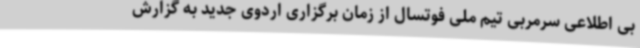
بی اطلاعی سرمربی تیم ملی فوتسال از زمان برگزاری اردوی جدید به گزارش